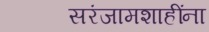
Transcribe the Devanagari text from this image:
सरंजामशाहींना